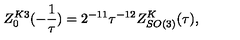
Z _ { 0 } ^ { K 3 } ( - \frac { 1 } { \tau } ) = 2 ^ { - 1 1 } \tau ^ { - 1 2 } Z _ { S O ( 3 ) } ^ { K } ( \tau ) ,